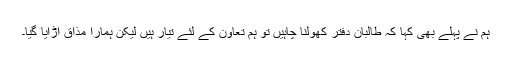
ہم نے پہلے بھی کہا کہ طالبان دفتر کھولنا چاہیں تو ہم تعاون کے لئے تیار ہیں لیکن ہمارا مذاق اڑایا گیا۔